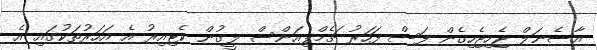
އާސެނަލް ޖެހިޖެހިގެން ފަސް ފަހަރު ޗެމްޕިއަންސް ލީގުން ކެޓިއިރު އެ އަހަރުތަކުގައި އެ